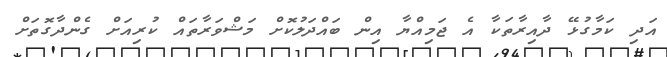
އަދި ކަމާގުޅޭ ދާއިރާތަކާ އެ ޖަމިއްޔާ އިން ބައްދަލުކޮށް މަޝްވަރާތައް ކުރިއަށް ގެންދާގޮތަށް